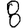
Digit: 8